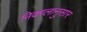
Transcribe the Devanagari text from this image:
निकालानुसार